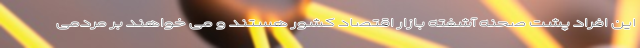
این افراد پشت صحنه آشفته بازار اقتصاد کشور هستند و می خواهند بر مردمی